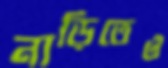
নাড়িতেও